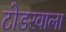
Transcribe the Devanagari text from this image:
टोडरवाला